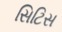
સિટિસ